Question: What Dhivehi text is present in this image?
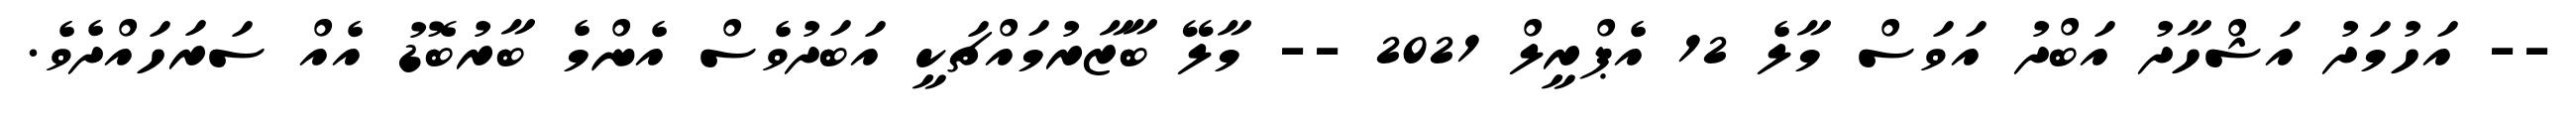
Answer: -- އަހުމަދު އަޝްހާދު އަބްދު އަވަސް މާލެ 12 އެޕްރީލް 2021 -- މާލޭ ބާޒާރުމައްޗަކީ އަބަދުވެސް އެންމެ ބާރުބޮޑު އެއް ސަރަހައްދެވެ.